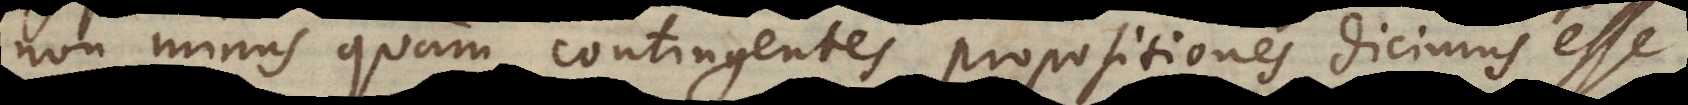
non minus quam contingentes propositiones dicimus esse